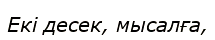
Екі десек, мысалға,